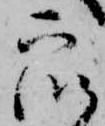
衆